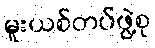
မူးယစ်တပ်ဖွဲ့စု